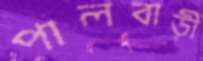
পালবাড়ী